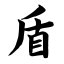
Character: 盾